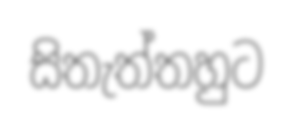
සිතැත්තහුට